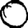
Digit: 0